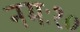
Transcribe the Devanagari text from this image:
नमः१०